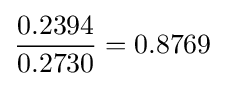
{\frac {0.2394}{0.2730}}=0.8769